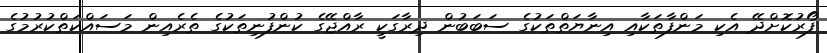
ފޯރުކޮށްދޭ އެކި މަންފާތަކާއި އިނާޔަތްތަކުގެ ސަބަބުން ދިރާގަކީ ރާއްޖޭގެ ކުންފުނިތަކުގެ ތެރެއިން މަސައްކަތްކުރުމުގެ